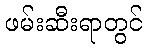
ဖမ်းဆီးရာတွင်